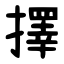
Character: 擇